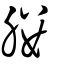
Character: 膢